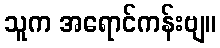
သူက အရောင်ကန်းဗျ။